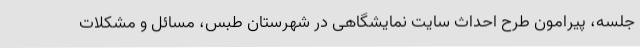
جلسه، پیرامون طرح احداث سایت نمایشگاهی در شهرستان طبس، مسائل و مشکلات